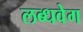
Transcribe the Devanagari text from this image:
लब्धवेग